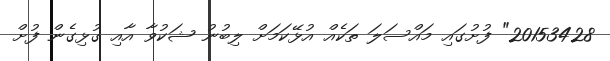
20153428" ފުށުގައި މައްސަލަ ތަކެއް އުޅޭކަމަށް ލިބުނު ޝަކުވާ އާއި ގުޅިގެން ފުށް